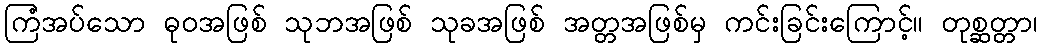
ကြံအပ်သော ဓုဝအဖြစ် သုဘအဖြစ် သုခအဖြစ် အတ္တအဖြစ်မှ ကင်းခြင်းကြောင့်။ တုစ္ဆတ္တာ၊